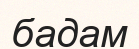
бадам